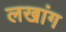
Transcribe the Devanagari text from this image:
लखांग